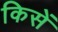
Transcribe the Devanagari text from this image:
किसें